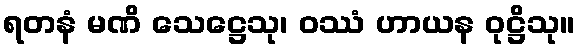
ရတနံ မဏိ သေဋ္ဌေသု၊ ဝဿံ ဟာယန ဝုဋ္ဌိသု။